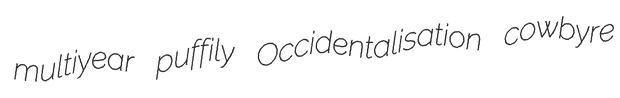
multiyear puffily Occidentalisation cowbyre